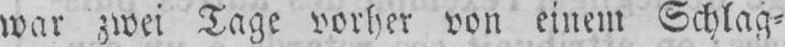
war zwei Tage vorher von einem Schlag⸗